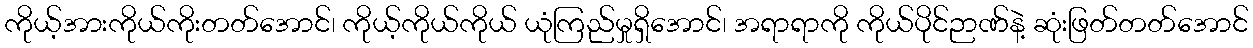
ကိုယ့်အားကိုယ်ကိုးတတ်အောင်၊ ကိုယ့်ကိုယ်ကိုယ် ယုံကြည်မှုရှိအောင်၊ အရာရာကို ကိုယ်ပိုင်ဉာဏ်နဲ့ ဆုံးဖြတ်တတ်အောင်